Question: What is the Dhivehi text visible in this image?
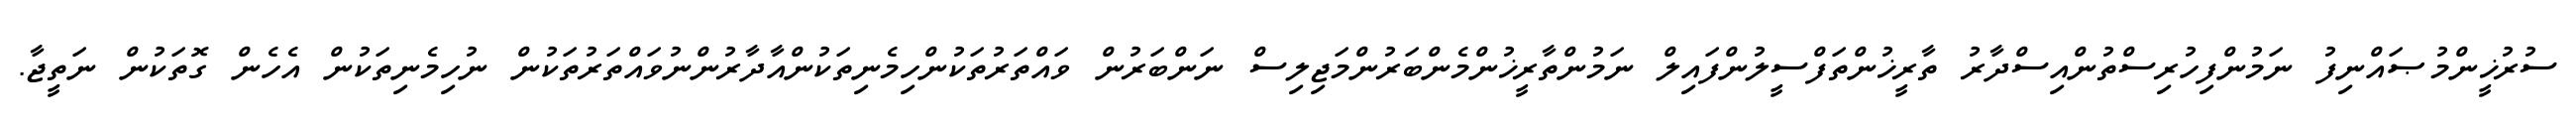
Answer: ސުރުޚީންމުޞައްނިފު ނަމުންފިހުރިސްތުންއިސްދާރު ތާރީޚުންތަފްސީލުންފައިލް ނަމުންތާރީޚުންމެންބަރުންމަޖިލިސް ނަންބަރުން ވައްތަރުތަކުންހިމެނިތަކުންއާދާރުންނުވައްތަރުތަކުން ނުހިމެނިތަކުން އެހެން ގޮތަކުން ނަތީޖާ.